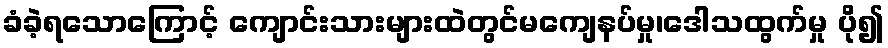
ခံခဲ့ရသောကြောင့် ကျောင်းသားများထဲတွင်မကျေနပ်မှု၊ဒေါသထွက်မှု ပို၍